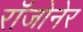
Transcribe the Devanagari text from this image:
रॉजोनेर